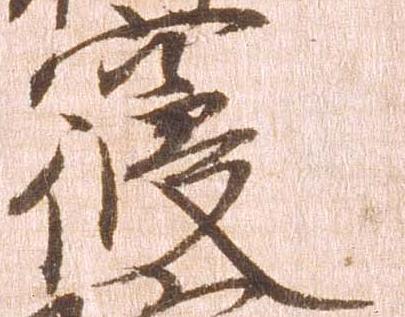
寝